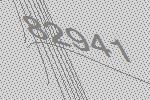
82941